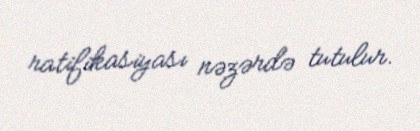
ratifikasiyası nəzərdə tutulur.